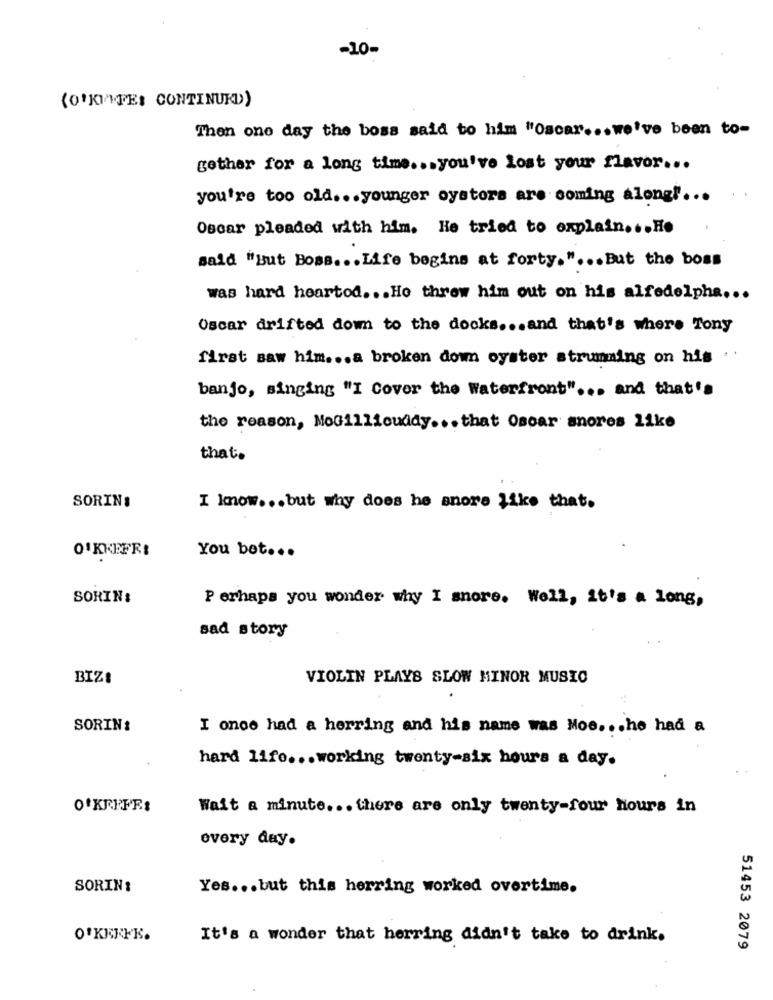
-10-
(0'KI/MFE: CONTINUKD)
Then one day the boss said to him "Oscar ... we've been to-
gether for a long time ... you've lost your flavor ...
you're too old ... younger oysters are coming along !...
Oscar pleaded with him. He tried to explain ... Ho
said "But Boss ... Life begins at forty. " ... But the boss
was hard heartod ... Ho threw him out on his alfedelpha ...
Oscar drifted down to the docks ... and that's where Tony
first saw him ... a broken down oyster strumming on his . .
banjo, singing "I Cover the Waterfront" ... and that's
the reason, MoGillicuddy ... that Oscar snores like
that.
SORIN:
I know ... but why does he snore like that.
You bet ...
O'KKEFRI
SORIN:
Perhaps you wonder why I snore. Well, it's a long,
sad story
BIZ!
VIOLIN PLAYS SLOW MINOR MUSIC
SORIN:
I onoe had a herring and his name was Moe ... he had a
hard life ... working twenty-six hours a day.
O'KEEFE:
Wait a minute ... there are only twenty-four hours in
every day.
SORIN:
Yes ... but this herring worked overtime.
O'KEEFE.
It's a wonder that herring didn't take to drink.
51453 2079